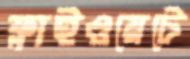
ফ্লাইওয়েটে